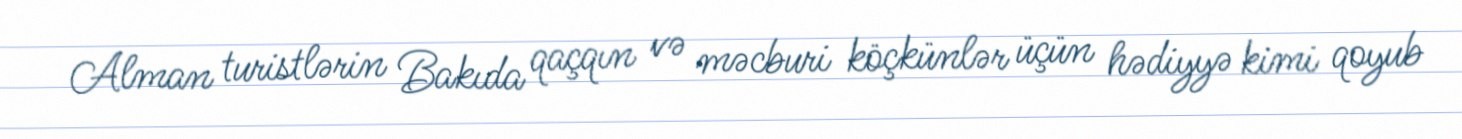
Alman turistlərin Bakıda qaçqın və məcburi köçkünlər üçün hədiyyə kimi qoyub